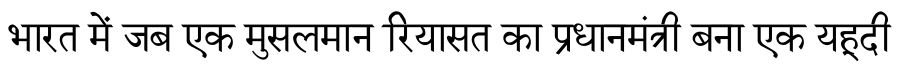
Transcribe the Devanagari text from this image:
भारत में जब एक मुसलमान रियासत का प्रधानमंत्री बना एक यहूदी